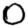
Digit: 0